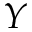
Y